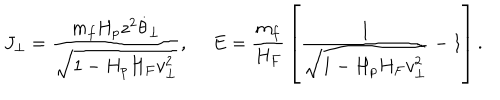
LaTeX: J _ { \perp } = { \frac { m _ { f } H _ { p } z ^ { 2 } \dot { \theta } _ { \perp } } { \sqrt { 1 - H _ { p } H _ { F } v _ { \perp } ^ { 2 } } } } , \ E = { \frac { m _ { f } } { H _ { F } } } \left[ { \frac { 1 } { \sqrt { 1 - H _ { p } H _ { F } v _ { \perp } ^ { 2 } } } } - 1 \right] .